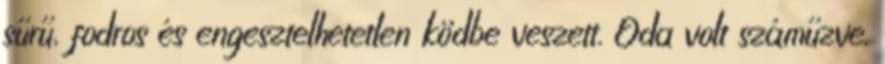
sűrű, fodros és engesztelhetetlen ködbe veszett. Oda volt száműzve.